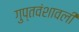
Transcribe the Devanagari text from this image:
गुप्तवंशावली